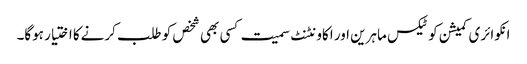
انکوائری کمیشن کو ٹیکس ماہرین اور اکاونٹنٹ سمیت کسی بھی شخص کو طلب کرنےکا اختیار ہوگا۔